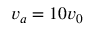
v _ { a } = 1 0 v _ { 0 }